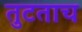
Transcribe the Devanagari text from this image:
तुटताच